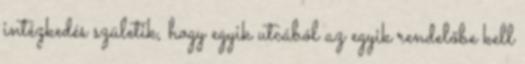
intézkedés születik, hogy egyik utcából az egyik rendelőbe kell